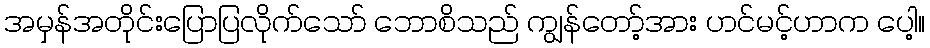
အမှန်အတိုင်းပြောပြလိုက်သော် ဘောစိသည် ကျွန်တော့်အား ဟင်မင့်ဟာက ပေါ့။